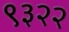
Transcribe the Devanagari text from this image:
९३२२